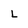
Character: L